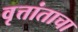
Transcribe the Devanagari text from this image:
वृत्तांताचा